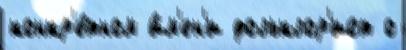
конкр'е́тном и́м'ен'и фольклор'ист о